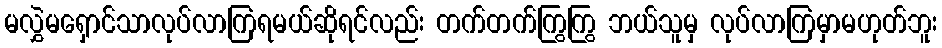
မလွှဲမရှောင်သာလုပ်လာကြရမယ်ဆိုရင်လည်း တက်တက်ကြွကြွ ဘယ်သူမှ လုပ်လာကြမှာမဟုတ်ဘူး